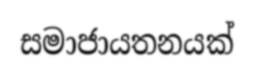
සමාජායතනයක්